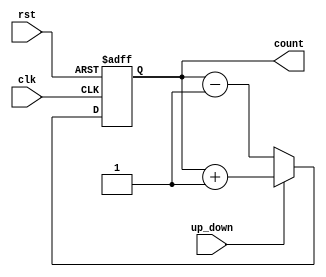
module up_down_counter (
    input wire clk,            // Clock signal
    input wire rst,            // Asynchronous reset
    input wire up_down,        // Up/Down control signal
    output reg [3:0] count     // 4-bit binary count output
);

    // Asynchronous reset and counter operation
    always @(posedge clk or posedge rst) begin
        if (rst) begin
            count <= 4'b0000;  // Reset the count to 0
        end else begin
            if (up_down) begin
                count <= count + 1;  // Increment the count
            end else begin
                count <= count - 1;  // Decrement the count
            end
        end
    end

endmodule